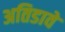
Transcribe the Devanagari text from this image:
अतिडावे